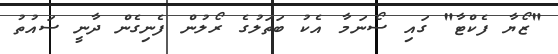
"ޒޯޔާ ފެކްޓާ" ގައި ސޯނަމާ އެކު ބަތަލުގެ ރޯލުން ފެނިގެން ދާނީ ސައުތު